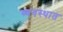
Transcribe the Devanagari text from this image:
व्यवस्थात